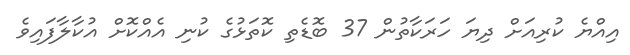
އިއްޔެ ކުރިއަށް ދިޔަ ހަރަކާތުން 37 ބޮޑެތި ކޮތަޅުގެ ކުނި އެއްކޮށް އުކާލާފައިވެ